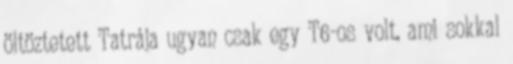
öltöztetett Tatrája ugyan csak egy T6-os volt, ami sokkal